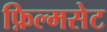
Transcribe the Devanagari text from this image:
फ़िल्मसेट